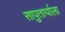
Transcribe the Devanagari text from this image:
सापुतार्याला